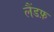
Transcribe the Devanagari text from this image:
लैंडफ़